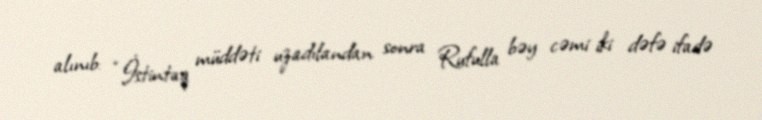
alınıb: “İstintaq müddəti uzadılandan sonra Rufulla bəy cəmi iki dəfə ifadə